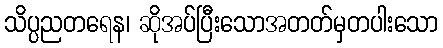
သိပ္ပညတရေန၊ ဆိုအပ်ပြီးသောအတတ်မှတပါးသော